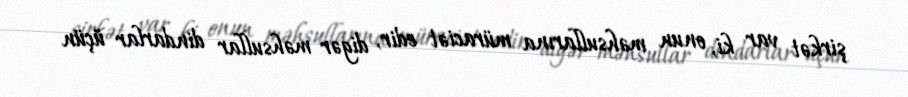
şirkət var ki, onun məhsullarına müraciət edir, digər məhsullar dindarlar üçün